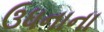
ઉધનાના